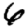
Digit: 6